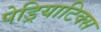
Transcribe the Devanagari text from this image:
पेड्रियाटिक्स